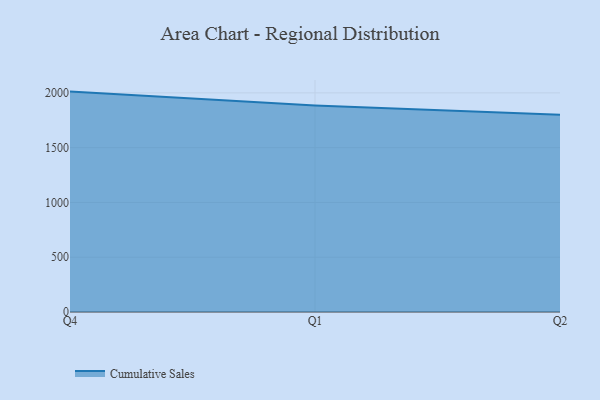
{"axis": {"x": "Quarter", "y": "Budget (USD K)"}, "legend": ["Cumulative Sales"], "data": [{"x": "Q4", "y": 2011.8, "type": "Cumulative Sales"}, {"x": "Q1", "y": 1884.9, "type": "Cumulative Sales"}, {"x": "Q2", "y": 1801.1, "type": "Cumulative Sales"}]}